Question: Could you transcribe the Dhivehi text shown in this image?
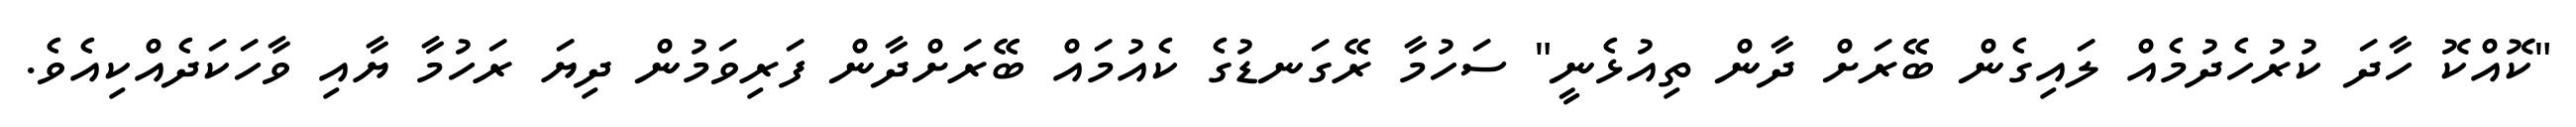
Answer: "ކޮއްކޮ ހާދަ ކުރުހެދުމެއް ލައިގެން ބޭރަށް ދާން ތިއުޅެނީ" ސަހުމާ ރޭގަނޑުގެ ކެއުމައް ބޭރަށްދާން ފަރިވަމުން ދިޔަ ރަހުމާ ޔާއި ވާހަކަދެއްކިއެވެ.